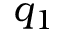
q _ { 1 }